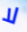
لا